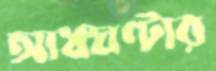
আধঘণ্টার